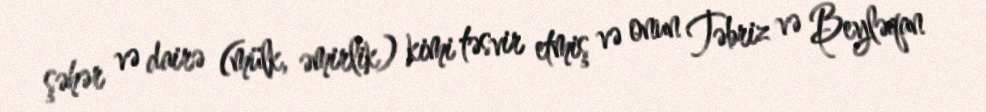
şəhər və dairə (mülk, əmirlik) kimi təsvir etmiş və onun Təbriz və Beyləqan